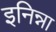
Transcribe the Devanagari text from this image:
इनिन्ना